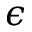
\epsilon